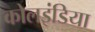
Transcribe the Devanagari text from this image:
कोलइंडिया